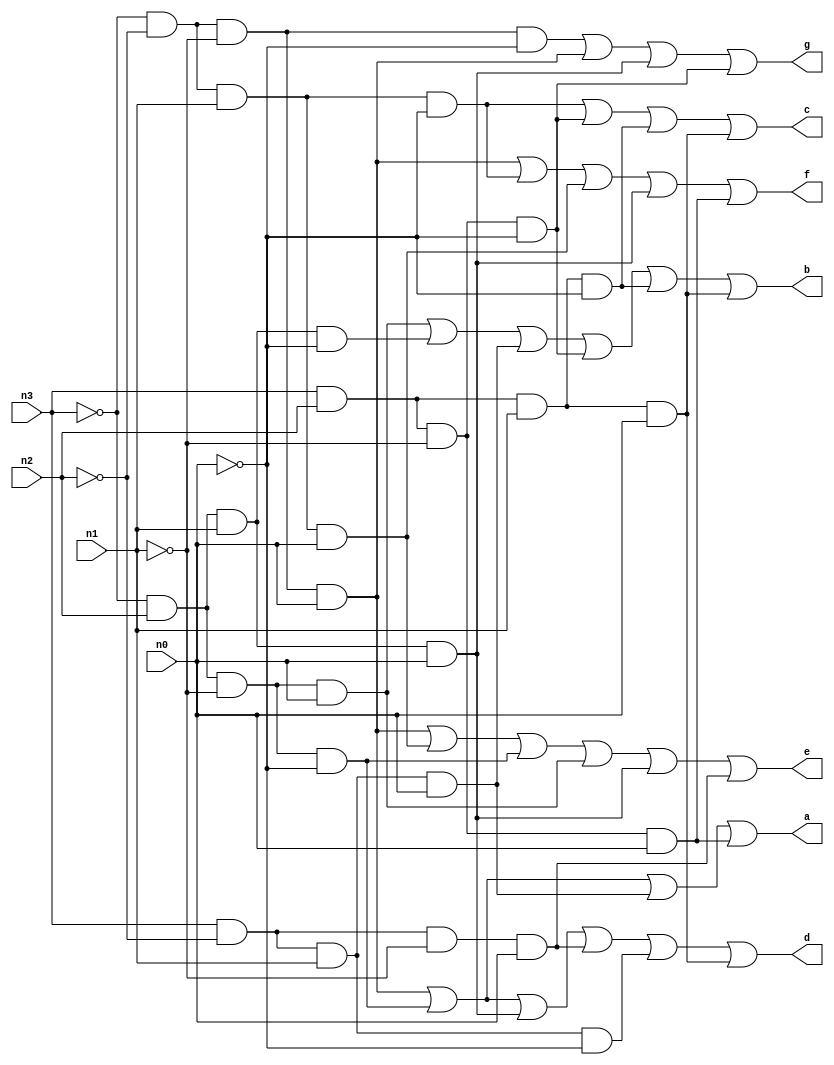
`timescale 1ns / 1ps
//////////////////////////////////////////////////////////////////////////////////
// Company: 
// Engineer: 
// 
// Design Name: 
// Module Name: hex7seg
// Project Name: 
// Target Devices: 
// Tool Versions: 
// Description: 
// 
// Dependencies: 
// 
// Revision:
// Revision 0.01 - File Created
// Additional Comments:
// 
//////////////////////////////////////////////////////////////////////////////////


module hex7seg ( //from lab 2
        input n3,
        input n2,
        input n1,
        input n0,
        output a,
        output b,
        output c,
        output d,
        output e,
        output f,
        output g
    );
    assign a = (~n3 & ~n2 & ~n1 & n0) | (~n3 & n2 & ~n1 & ~n0) | (n3 & ~n2 & n1 & n0) | (n3 & n2 & ~n1 & n0);
    assign b = (~n3 & n2 & ~n1 & n0) | (~n3 & n2 & n1 & ~n0) | (n3 & ~n2 & n1 & n0) | (n3 & n2 & ~n1 & ~n0) | (n3 & n2 & n1 & ~n0) | (n3 & n2 & n1 & n0);
    assign c = (~n3 & ~n2 & n1 & ~n0) | (n3 & n2 & ~n1 & ~n0) | (n3 & n2 & n1 & ~n0) | (n3 & n2 & n1 & n0);
    assign d = (~n3 & ~n2 & ~n1 & n0) | (~n3 & n2 & ~n1 & ~n0) | (~n3 & n2 & n1 & n0) | (n3 & ~n2 & ~n1 & n0) | (n3 & ~n2 & n1 & ~n0) | (n3 & n2 & n1 & n0);
    assign e = (~n3 & ~n2 & ~n1 & n0) | (~n3 & ~n2 & n1 & n0) | (~n3 & n2 & ~n1 & ~n0) | (~n3 & n2 & ~n1 & n0) | (~n3 & n2 & n1 & n0) | (n3 & ~n2 & ~n1 & n0);
    assign f = (~n3 & ~n2 & ~n1 & n0) | (~n3 & ~n2 & n1 & ~n0) | (~n3 & ~n2 & n1 & n0) | (~n3 & n2 & n1 & n0) | (n3 & n2 & ~n1 & n0);
    assign g = (~n3 & ~n2 & ~n1 & ~n0) | (~n3 & ~n2 & ~n1 & n0) | (~n3 & n2 & n1 & n0) | (n3 & n2 & ~n1 & ~n0);

endmodule